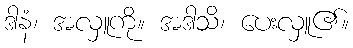
ဒါနံ၊ အလှူကို။ အဒါသိ၊ ပေးလှူ၏။